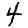
Digit: 4